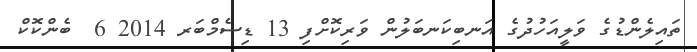
ތައިލެންޑުގެ ވަލީއަހުދުގެ އަނބިކަނބަލުން ވަރިކޮށްފި 13 ޑިސެމްބަރ 2014 6  ބެންކޮކް